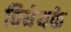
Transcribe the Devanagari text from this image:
विधेयके